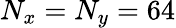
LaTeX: N_{x}=N_{y}=64